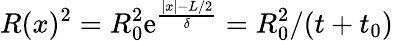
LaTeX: R(x)^{2}=R_{0}^{2}\mathrm{e}^{\frac{|x|-L/2}{\delta}}=R_{0}^{2}/(t+t_{0})